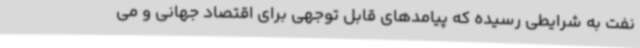
نفت به شرایطی رسیده که پیامدهای قابل توجهی برای اقتصاد جهانی و می